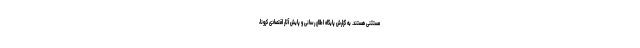
مستثنی هستند. به گزارش پایگاه اطلاع رسانی و پایش آثار اقتصادی کرونا،